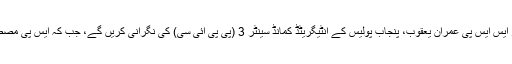
سی سی پی او کے مطابق لاہور کرائم ریکارڈ آفیسر ایس ایس پی عمران یعقوب، پنجاب پولیس کے انٹیگریٹڈ کمانڈ سینٹر 3 (پی پی آئی سی) کی نگرانی کریں گے، جب کہ ایس پی مصطفیٰ حمید بھی ان کی مدد کے لیے دستیاب ہوں گے۔